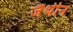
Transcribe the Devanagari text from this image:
जैंथीन